On a parasite found in persons suffering from enlargement of the spleen in India, second report - Number 11
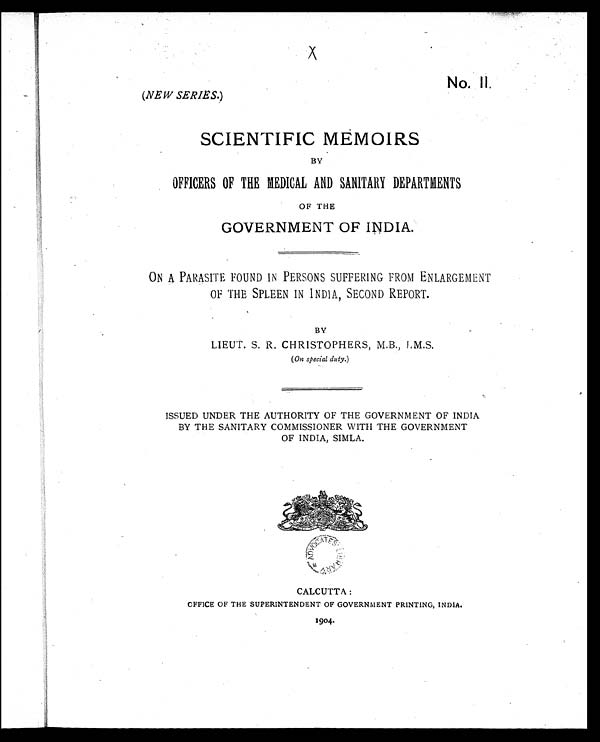
No. II.
(NEW SERIES.)
SCIENTIFIC MEMOIRS
BY
OFFICERS OF THE MEDICAL AND SANITARY DEPARTMENTS
OF THE
GOVERNMENT OF INDIA.
ON A PARASITE FOUND IN PERSONS SUFFERING FROM ENLARGEMENT
OF THE SPLEEN IN INDIA, SECOND REPORT.
BY
LIEUT. S. R. CHRISTOPHERS, M.B., I.M.S.
( On special duty.)
ISSUED UNDER THE AUTHORITY OF THE GOVERNMENT OF INDIA
BY THE SANITARY COMMISSIONER WITH THE GOVERNMENT
OF INDIA, SIMLA.
CALCUTTA :
OFFICE OF THE SUPERINTENDENT OF GOVERNMENT PRINTING, INDIA.
1904.